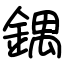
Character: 鍝